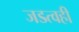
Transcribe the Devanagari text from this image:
जडत्वही